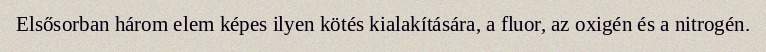
Elsősorban három elem képes ilyen kötés kialakítására, a fluor, az oxigén és a nitrogén.